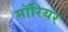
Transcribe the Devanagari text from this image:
मॉरियर